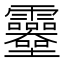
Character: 𩇎